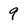
Character: 9